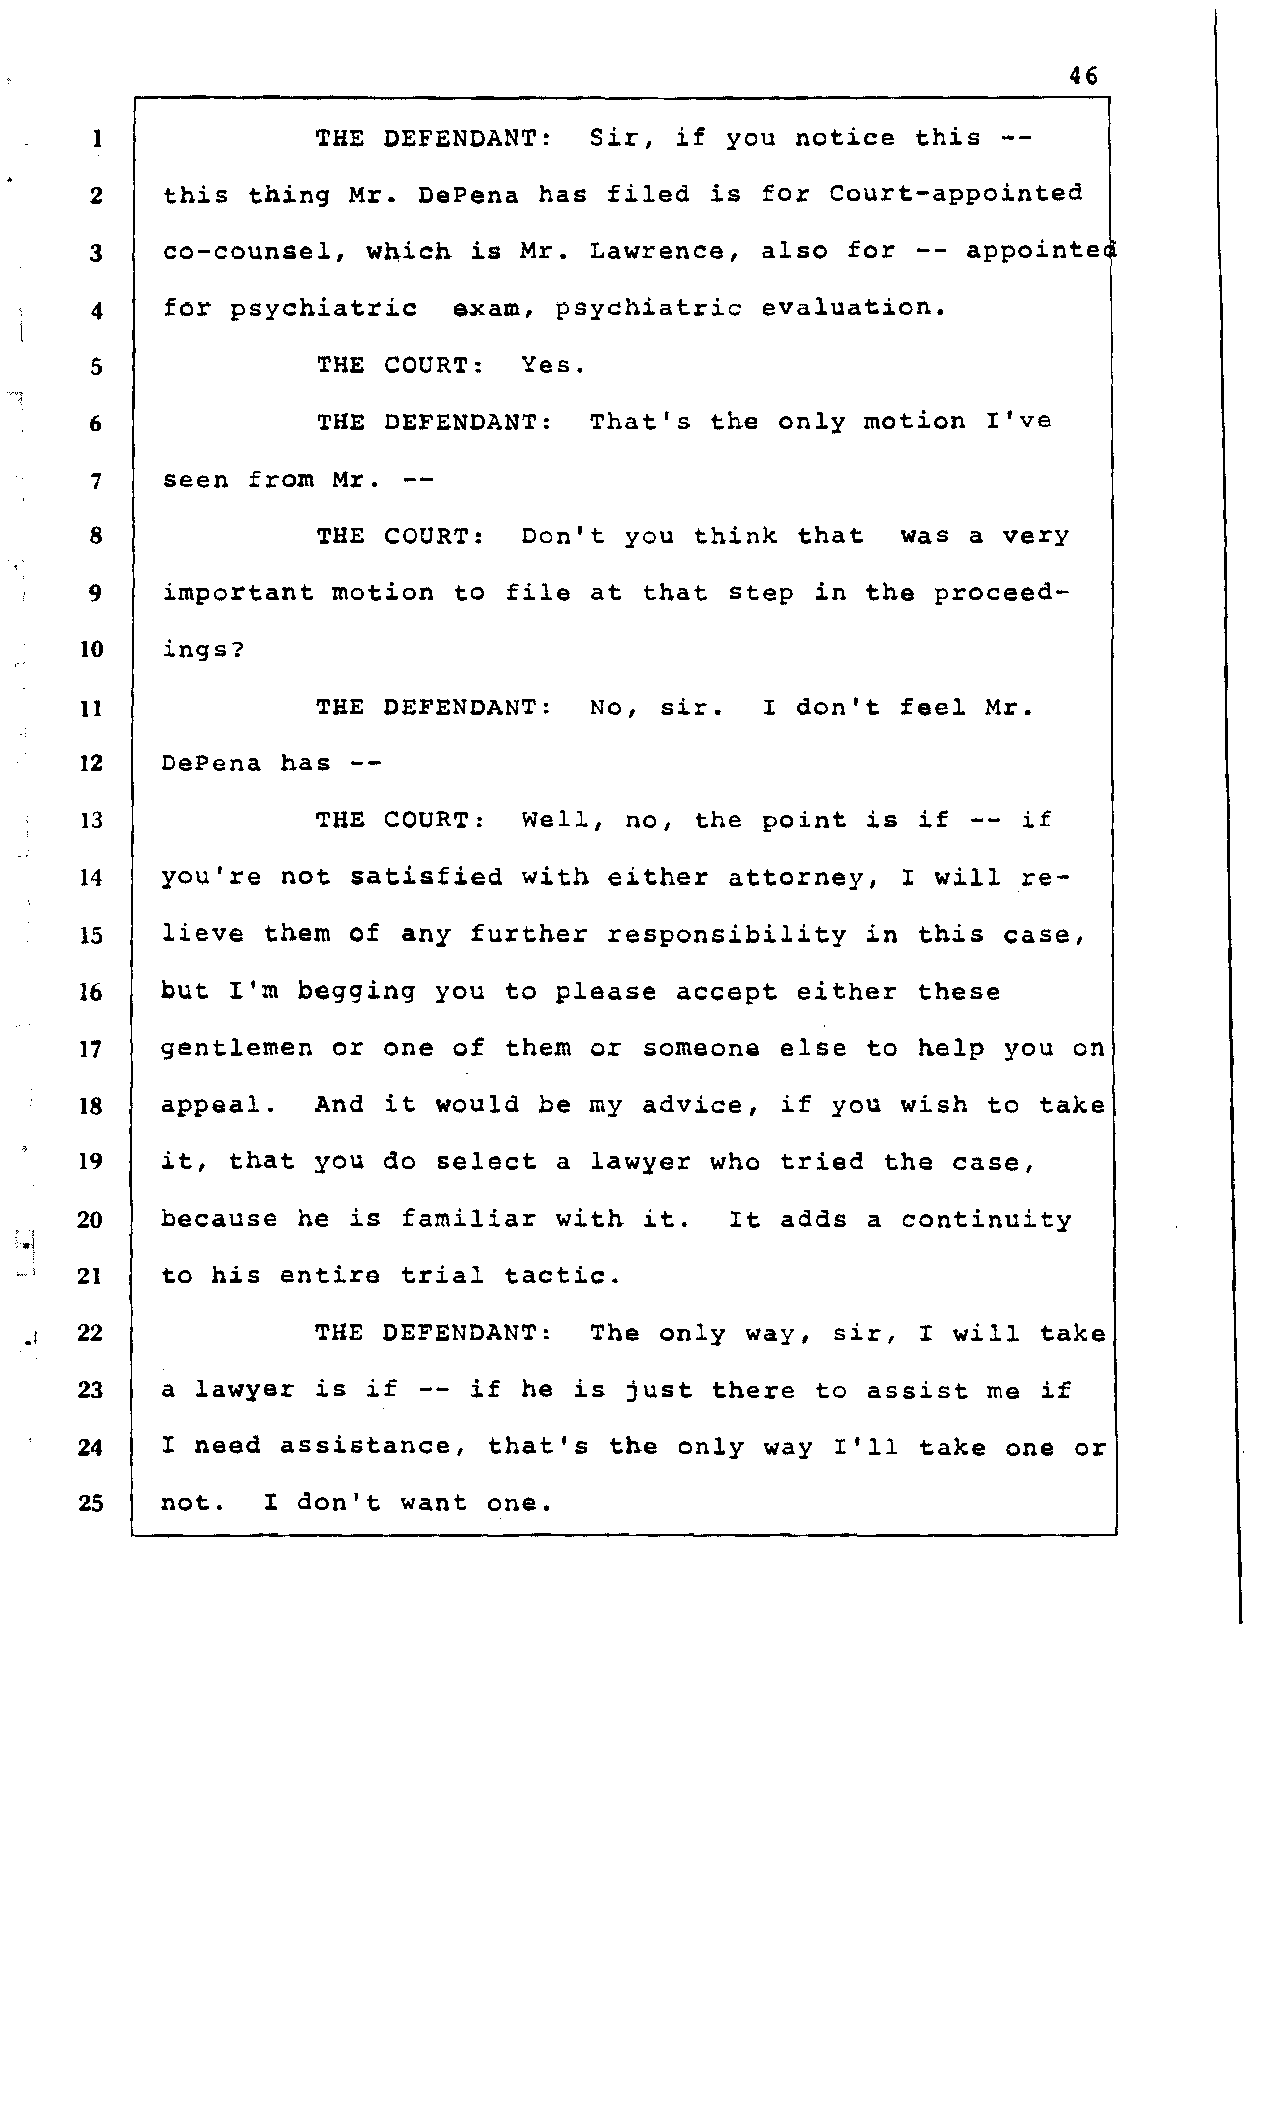
46
 1              THE  DEFENDANT:   Sir,  if you  notice  this -­
 2    this  thing Mr.  DePena  has filed  is  for Court-appointed
 3    co-counsel,         is  Mr. Lawrence,   also for  -- appointe
 w~ich
 4    for psychiatric    exam,  psychiatric   evaluation.
 5              THE  COURT:   Yes.
 6              THE  DEFENDANT:   That's  the  only motion  I've
 7    seen  from Mr.  -­
 8              THE  COURT:   Don't  you think  that   was a very
 9    important  motion  to  file at  that step  in the  proceed­
 10    ings?
 11              THE  DEFENDANT:   No,  sir.   I don't  feel Mr.
 12    DePena  has -­
 13             THE  COURT:   Well,  no, the  point is  if --  if
 14    you're  not satisfied   with either  attorney,   I will  re­
 15    lieve  them of  any further  responsibility   in  this  case,
 16    but I'm  begging  you  to please  accept  either  these
 17    gentlemen  or  one of  them or  someone  else to  nelp  you on
 18    appeal.   And  it would  be my  advice,  if you  wish to  take
 19    it, that  you  do select  a lawyer  who  tried  the case,
 20    because  he is  familiar  with  it.  It  adds  a continuity
 "j
 21    to his  entire  trial  tactic.
 .~ 22              THE  DEFENDANT:   The  only way,  sir,  I will  take
 23    a lawyer  is if  -- if  he is  just there  to  assist me  if
 24    I need  assistance,  that's  the  only  way I'll  take  one or
 25    not.   I don't  want one.